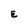
Character: E